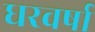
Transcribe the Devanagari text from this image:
धरवर्षा